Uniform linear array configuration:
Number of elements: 8
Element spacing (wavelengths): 0.25
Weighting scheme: hamming
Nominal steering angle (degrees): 45
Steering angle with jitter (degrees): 44.131
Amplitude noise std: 0.05
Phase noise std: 0.05

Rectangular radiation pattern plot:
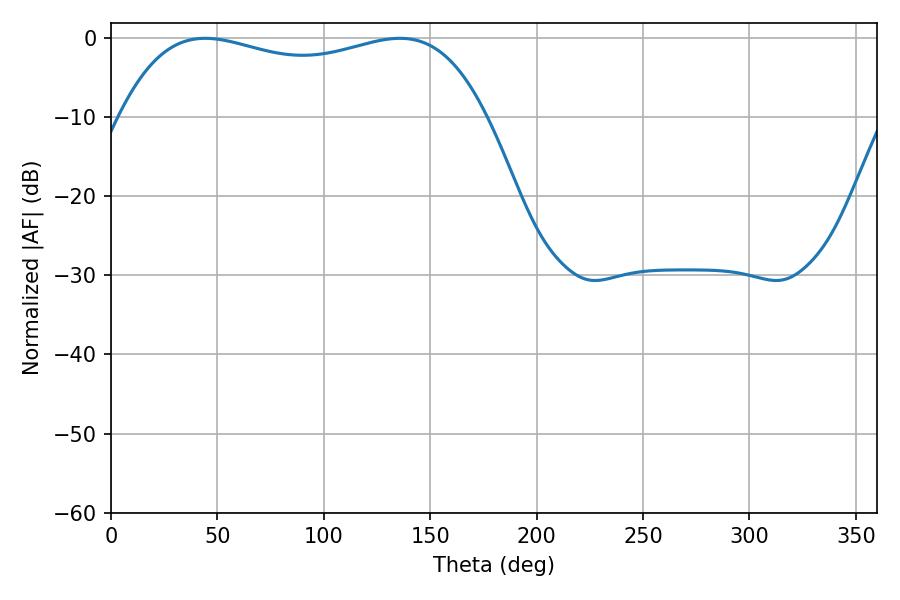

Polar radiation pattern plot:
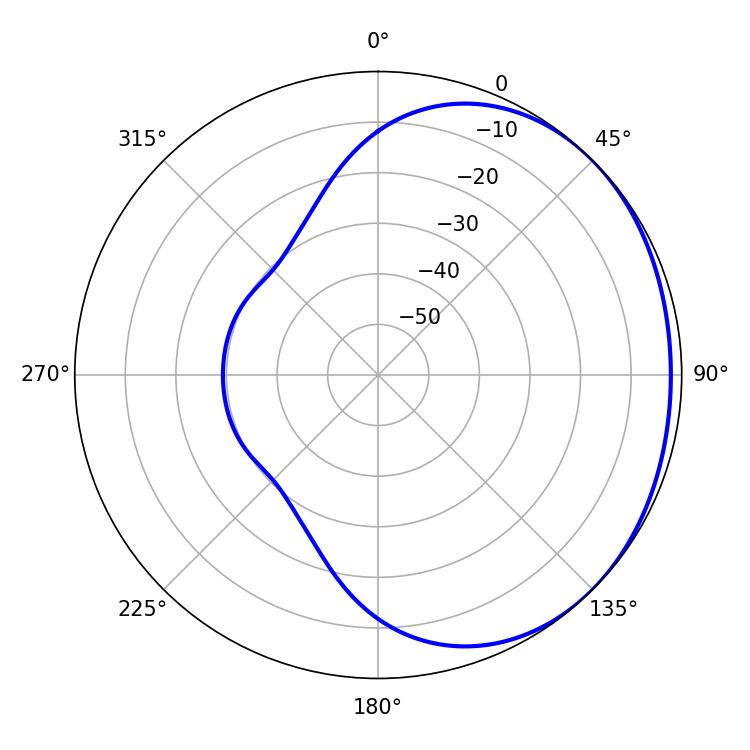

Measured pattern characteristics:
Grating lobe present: FALSE
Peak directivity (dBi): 1.198
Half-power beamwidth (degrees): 140.04
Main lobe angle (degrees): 44.28